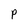
Character: P